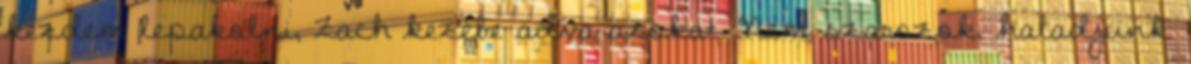
kezdem lepakolni, Zach kezébe adva azokat. Nem szarozok, haladjunk.